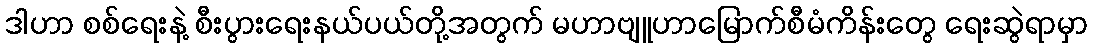
ဒါဟာ စစ်ရေးနဲ့ စီးပွားရေးနယ်ပယ်တို့အတွက် မဟာဗျူဟာမြောက်စီမံကိန်းတွေ ရေးဆွဲရာမှာ